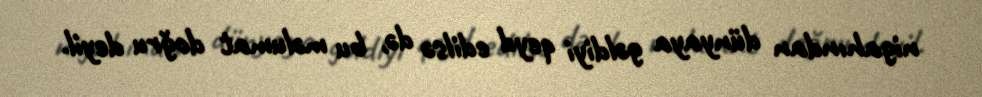
nigahından dünyaya gəldiyi qeyd edilsə də, bu məlumat doğru deyil.